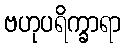
ဗဟုပရိက္ခာရာ